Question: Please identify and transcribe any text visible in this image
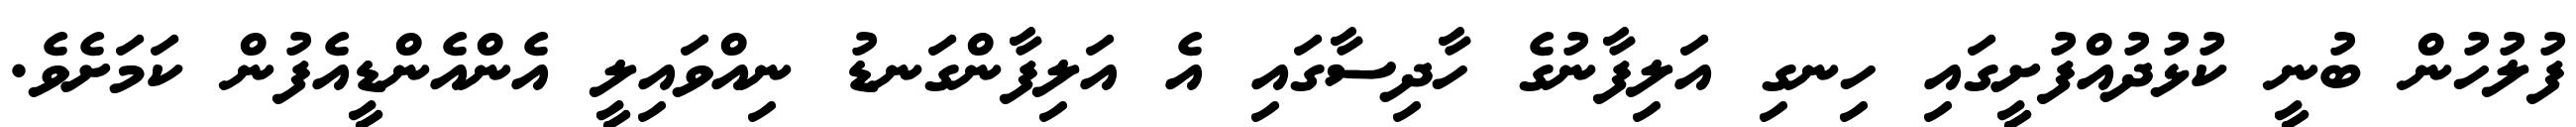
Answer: ފުލުހުން ބުނީ ކުޅުދުއްފުށީގައި ހިނގި އަލިފާނުގެ ހާދިސާގައި އެ އަލިފާންގަނޑު ނިއްވައިލީ އެންއެންޑީއެފުން ކަމަށެވެ.